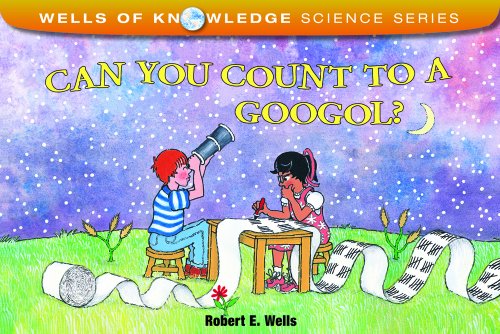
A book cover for Can You Count to a Googol? (Wells of Knowledge Science); Robert E. Wells; Science & Math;